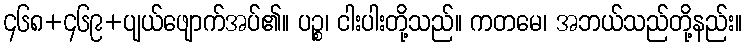
၄၆၈+၄၆၉+ပျယ်ဖျောက်အပ်၏။ ပဉ္စ၊ ငါးပါးတို့သည်။ ကတမေ၊ အဘယ်သည်တို့နည်း။